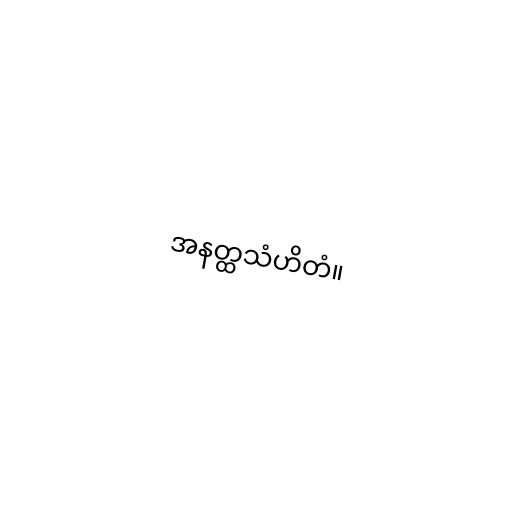
အနတ္ထသံဟိတံ။